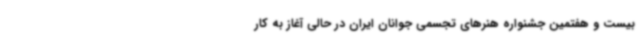
بیست و هفتمین جشنواره هنرهای تجسمی جوانان ایران در حالی آغاز به کار